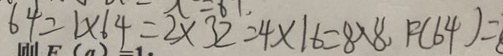
6 4 = 1 \times 6 4 = 2 \times 3 2 = 4 \times 1 6 = 8 \times 8 , F ( 6 4 ) =